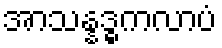
အာသန္နဒ္ဓကလာပံ